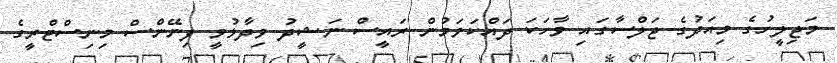
މަޖިލީހުގެ މިއަދުގެ ޖަލްސާގައި ވާހަކަ ދައްކަވަމުން ރައީސް ނަޝީދު ވިދާޅުވީ ފިނޭންސް މިނިސްޓްރީގެ